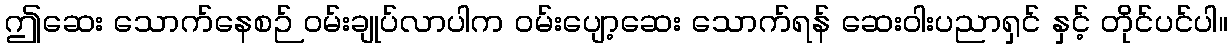
ဤဆေး သောက်နေစဉ် ဝမ်းချုပ်လာပါက ဝမ်းပျော့ဆေး သောက်ရန် ဆေးဝါးပညာရှင် နှင့် တိုင်ပင်ပါ။